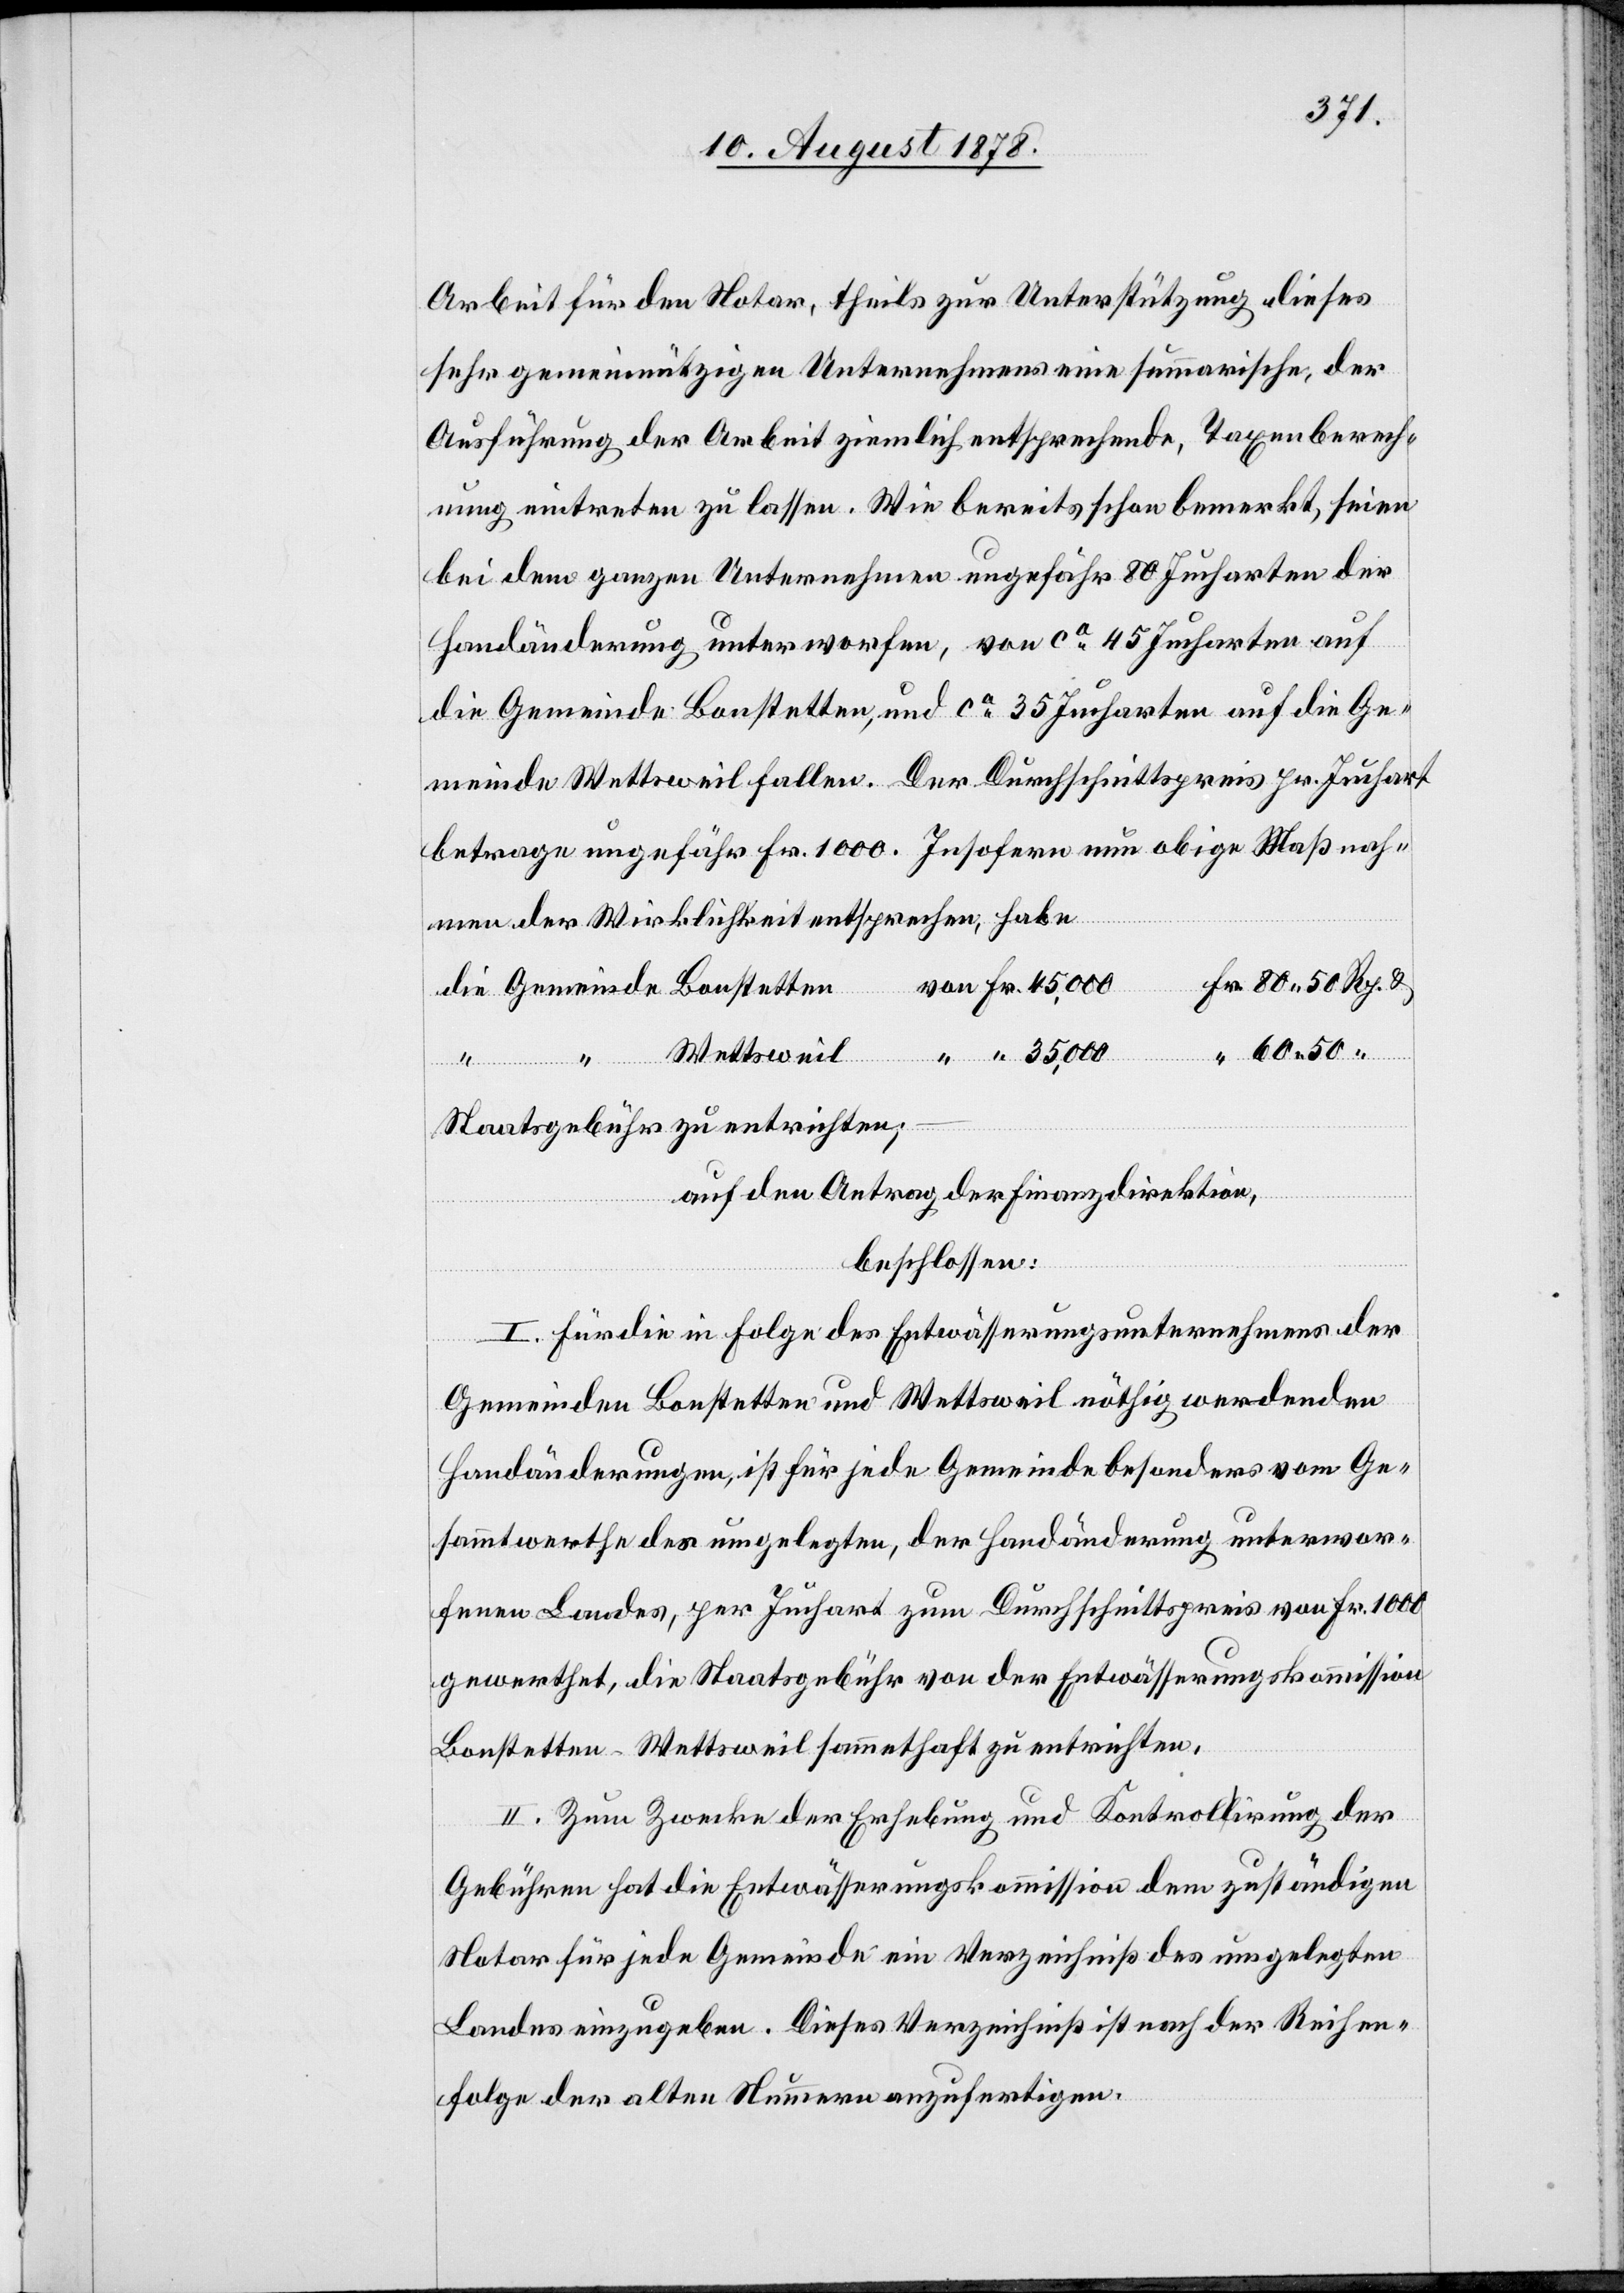
Arbeit für den Notar, theils zur Unterstützung dieses
sehr gemeinnützigen Unternehmens eine summarische, der
Ausführung der Arbeit ziemlich entsprechende, Taxenberech¬
nung eintreten zu lassen. Wie bereits schon bemerkt, seien
bei dem ganzen Unternehmen ungefähr 80 Jucharten der
Handänderung unterworfen, von [denen] ca 45 Jucharten auf
die Gemeinde Bonstetten, und ca 35 Jucharten auf die Ge¬
meinde Wettsweil fallen. Der Durchschnittspreis pr. Juchart
betrage ungefähr Fr. 1000. Insofern nun obige Maßnah¬
men der Wirklichkeit entsprechen, habe
von Fr. 45,000
Fr. 80 50 Rp. &
die Gemeinde Bonstetten
“ 60 50 “
Wettsweil
“ “ 35,000
Staatsgebühr zu entrichten;
auf den Antrag der Finanzdirektion,
“
beschlossen:
I. Für die in Folge des Entwässerungsunternehmens der
Gemeinden Bonstetten und Wettsweil nöthig werdenden
Handänderungen, ist für jede Gemeinde besonders vom Ge¬
sammtwerthe des umgelegten, der Handänderung unterwor¬
fenen Landes, per Juchart zum Durchschnittspreis von Fr. 1000
gewerthet, die Staatsgebühr von der Entwässerungskommission
Bonstetten-Wettsweil sammthaft zu entrichten.
II. Zum Zwecke der Erhebung und Kontrola-l-ae der
Gebühren hat die Entwässerungskommission dem zuständigen
Notar für jede Gemeinde ein Verzeichniß des umgelegten
Landes einzugeben. Dieses Verzeichniß ist nach der Reihen¬
folge der alten Nummern anzufertigen.